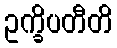
ဥက္ခိပတီတိ